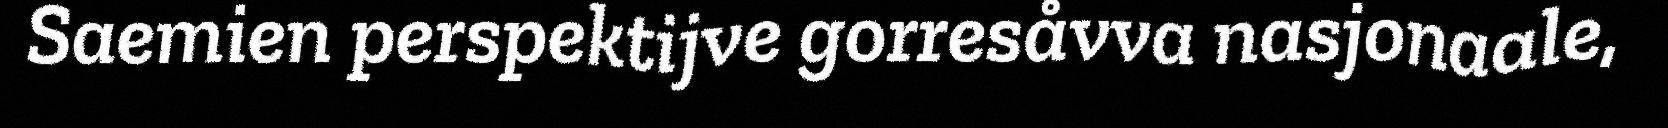
Saemien perspektijve gorresåvva nasjonaale,